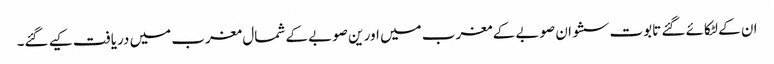
ان کے لٹکائے گئے تابوت سشوان صوبے کے مغرب میں اور ین صوبے کے شمال مغرب میں دریافت کیے گئے۔